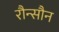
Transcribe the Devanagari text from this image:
रौन्सौन